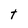
Character: t